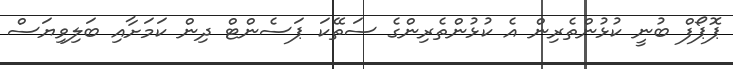
ޕޮޕޯފް ބުނީ ކުޅުންތެރިން އެ ކުޅުންތެރިންގެ ސަތޭކަ ޕަސެންޓް ދިން ކަމަށާއި ބަލިވިޔަސް